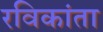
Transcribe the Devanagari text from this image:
रविकांता